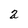
Character: 2